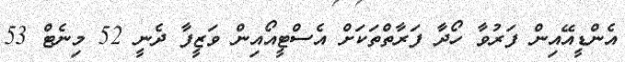
އެންޑީއޭއިން ފަރުވާ ހޯދާ ފަރާތްތަކަށް އެސްޓީއޯއިން ވަޒީފާ ދެނީ 52 މިނެޓް 53